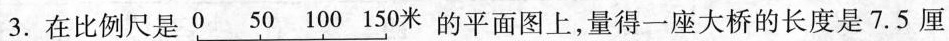
3.在比例尺是0 50 100 150米的平面图上，量得一座大桥的长度是7.5厘